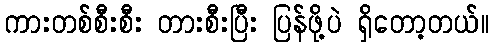
ကားတစ်စီးစီး တားစီးပြီး ပြန်ဖို့ပဲ ရှိတော့တယ်။